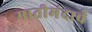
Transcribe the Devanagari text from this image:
मातीमंदाचे